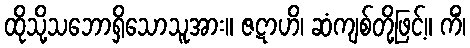
ထိုသို့သဘောရှိသောသူအား။ ဇဋာဟိ၊ ဆံကျစ်တို့ဖြင့်။ ကိံ၊